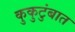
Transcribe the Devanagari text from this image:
कुकुटुंबात